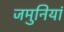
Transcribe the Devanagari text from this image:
जमुनियां